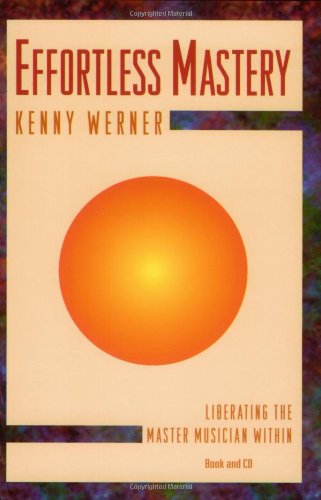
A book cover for Effortless Mastery: Liberating the Master Musician Within (Book + CD set); Arts & Photography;